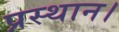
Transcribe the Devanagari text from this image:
प्रस्थान।